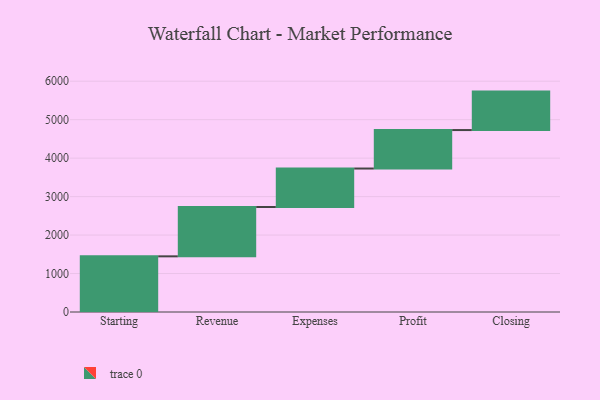
{"axis": {"x": "Step", "y": "Value"}, "legend": [""], "data": [{"x": "Starting", "y": 1447.0, "type": ""}, {"x": "Revenue", "y": 1283.0, "type": ""}, {"x": "Expenses", "y": 1000, "type": ""}, {"x": "Profit", "y": 1000, "type": ""}, {"x": "Closing", "y": 1000, "type": ""}]}